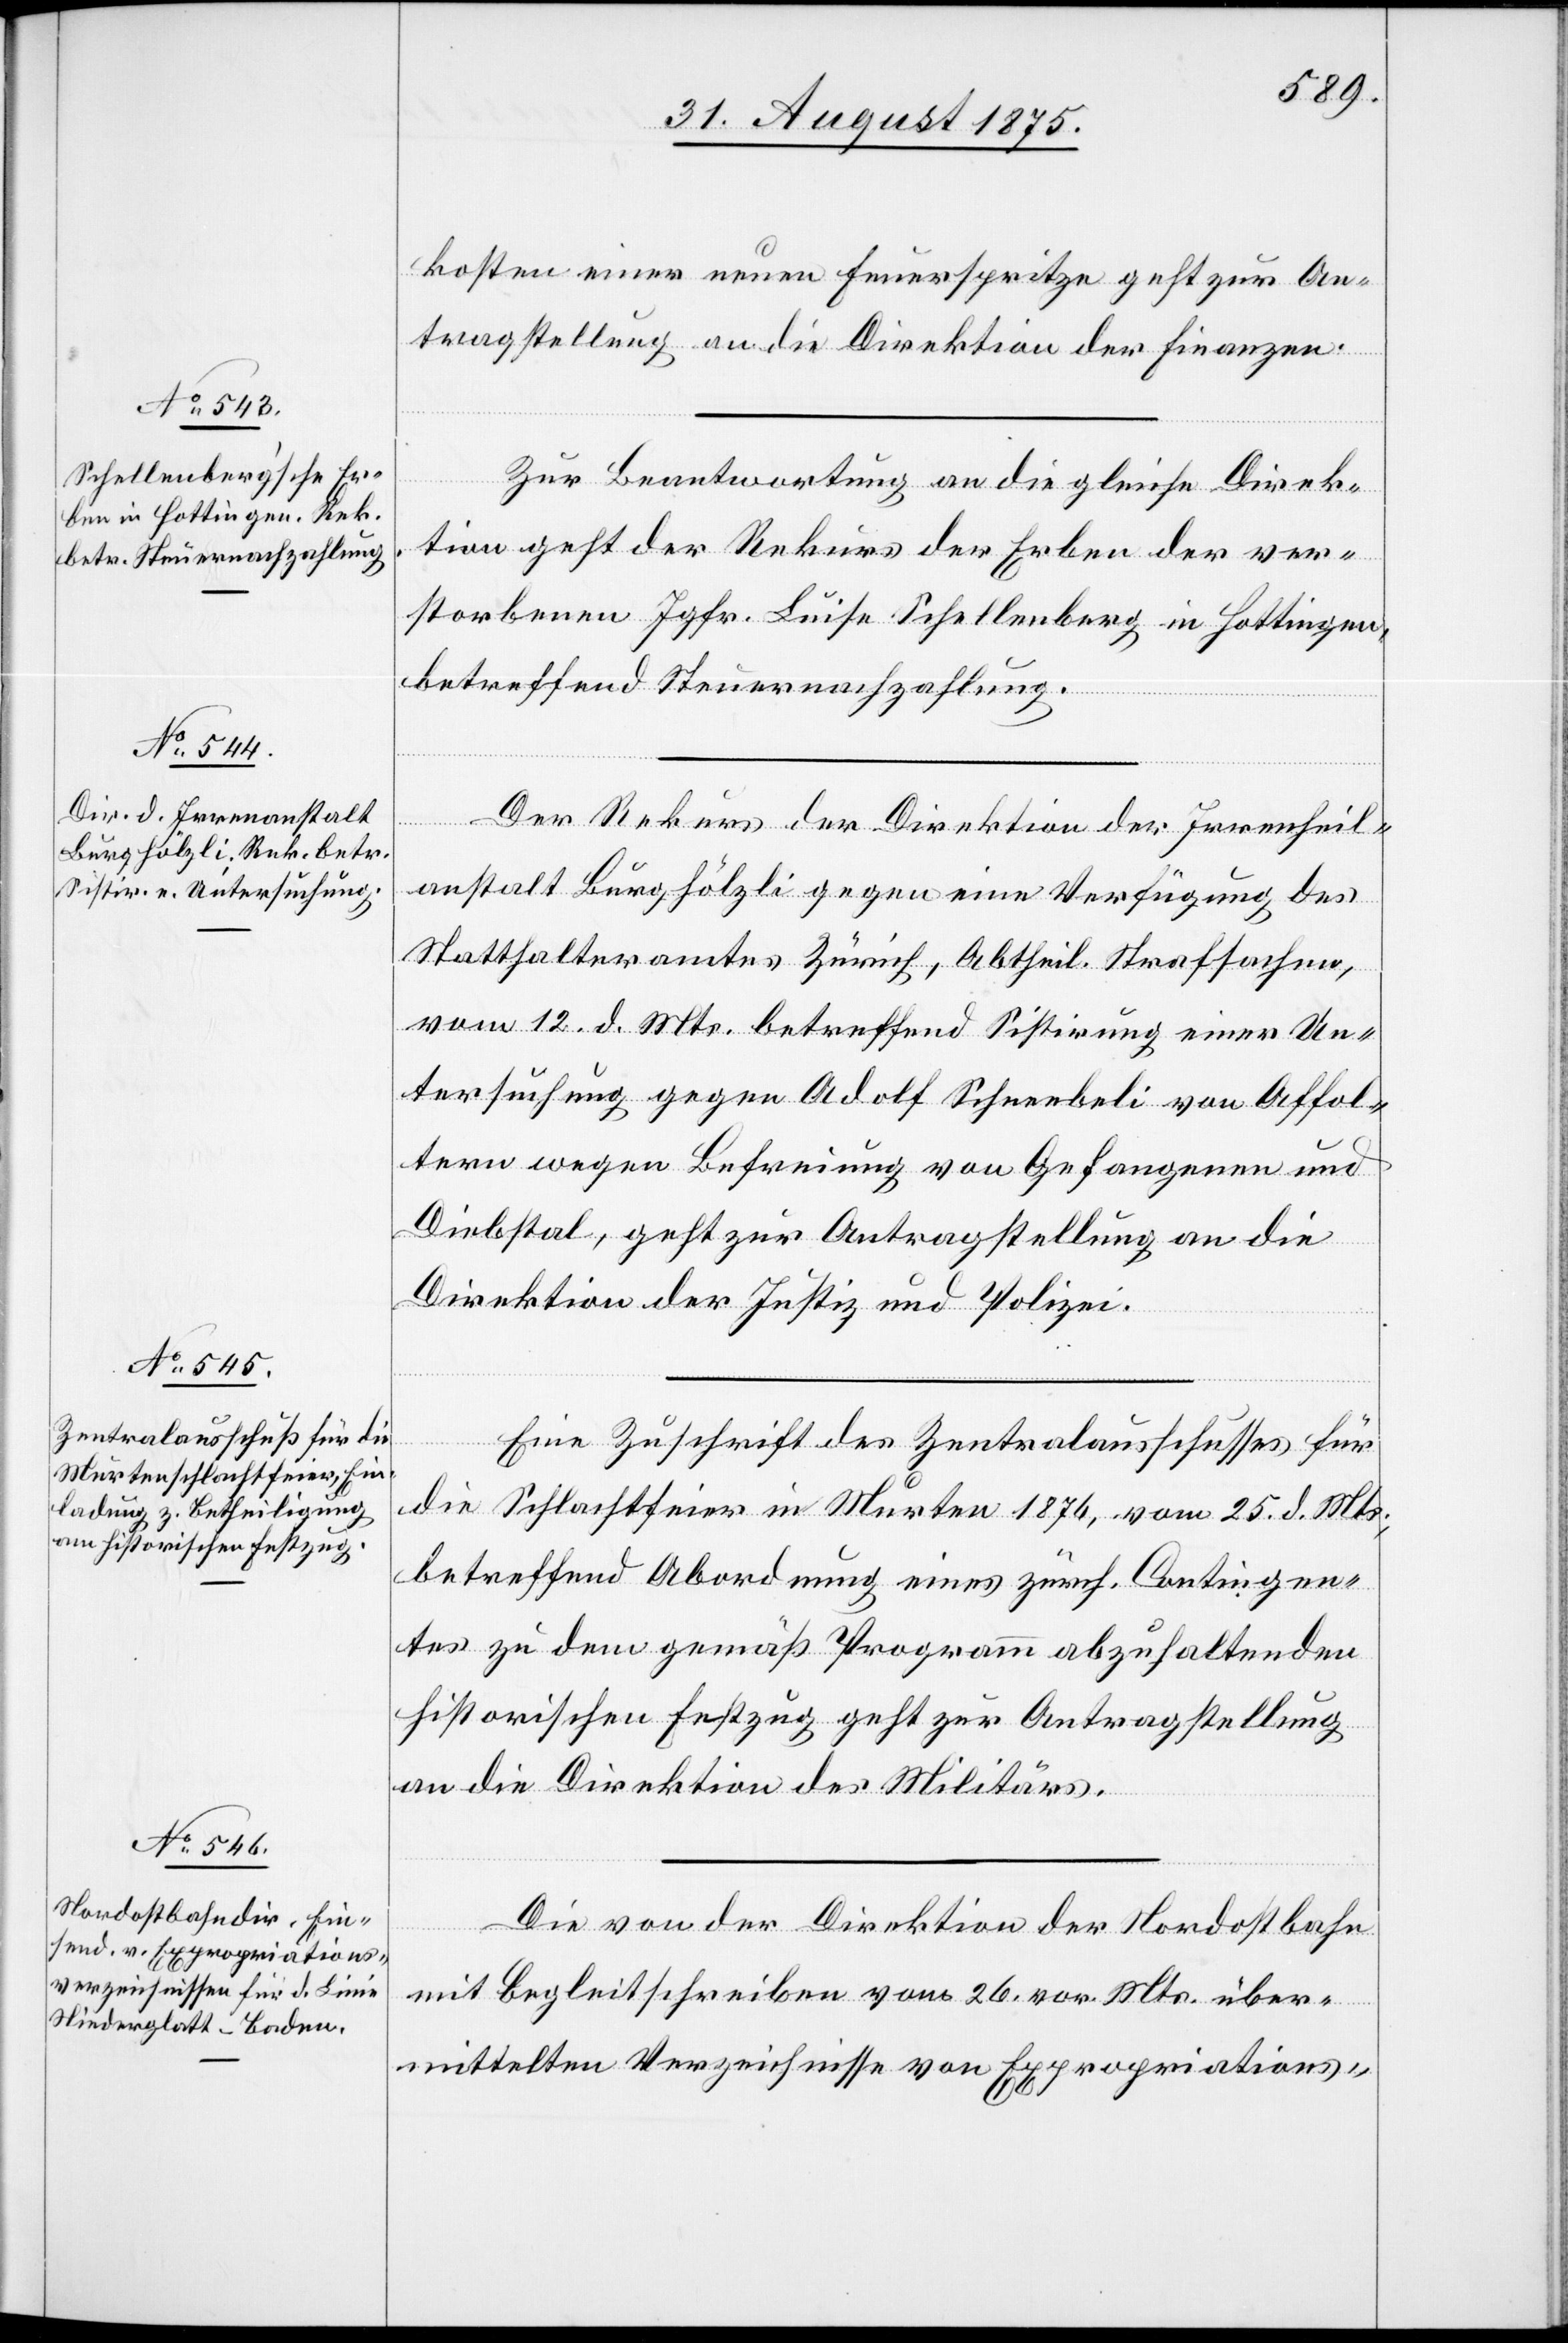
31. August 1875.]
kosten einer neuen Feuerspritze geht zur An¬
tragstellung an die Direktion der Finanzen.
Zur Beantwortung an die gleiche Direk¬
tion geht der Rekurs der Erben der ver¬
storbenen Jgfr. Luise Schellenberg in Hottingen,
betreffend Steuernachzahlung.
Der Rekurs der Direktion der Irrenheil¬
anstalt Burghölzli gegen eine Verfügung des
Statthalteramtes Zürich, Abtheil. Strafsachen,
vom 12. d. Mts. betreffend Sistirung einer Un¬
tersuchung gegen Adolf Schneeblei von Affol¬
tern wegen Befreiung von Gefangenen und
Diebstal, geht zur Antragstellung an die
Direktion der Justiz und Polizei.
Eine Zuschrift des Zentralausschusses für
die Schlachtfeier in Murten 1876, vom 25. d. Mts.,
betreffend Abordnung eines zürch. Contingen¬
tes zu dem gemäß Programm abzuhaltenden
historischen Festzug geht zur Antragstellung
an die Direktion des Militärs.
Die von der Direktion der Nordostbahn
mit Begleitschreiben vom 26. vor. Mts. über¬
mittelten Verzeichnisse von Expropriations-